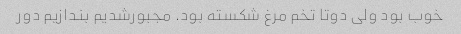
خوب بود ولی دوتا تخم مرغ شکسته بود. مجبورشدیم بندازیم دور